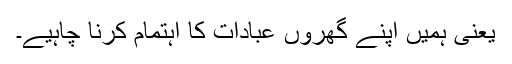
یعنی ہمیں اپنے گھروں عبادات کا اہتمام کرنا چاہیے۔